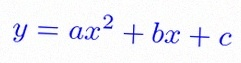
y=ax^2+bx+c